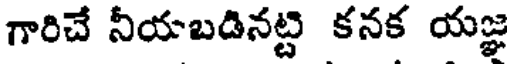
గారిచే నీయబడినట్టి కనక యజ్ఞ